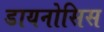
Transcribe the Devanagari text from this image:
डायनोसिस